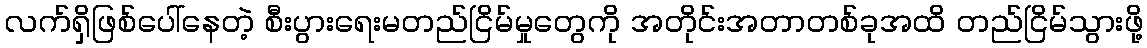
လက်ရှိဖြစ်ပေါ်နေတဲ့ စီးပွားရေးမတည်ငြိမ်မှုတွေကို အတိုင်းအတာတစ်ခုအထိ တည်ငြိမ်သွားဖို့